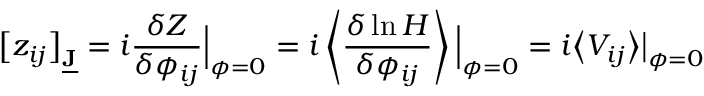
\big [ z _ { i j } \big ] _ { \underline { { \mathbf { J } } } } = i \frac { \delta Z } { \delta \phi _ { i j } } \Big | _ { \boldsymbol { \phi } = 0 } = i \left\langle \frac { \delta \ln H } { \delta \phi _ { i j } } \right\rangle \Big | _ { \boldsymbol { \phi } = 0 } = i \big \langle V _ { i j } \big \rangle \big | _ { \boldsymbol { \phi } = 0 }